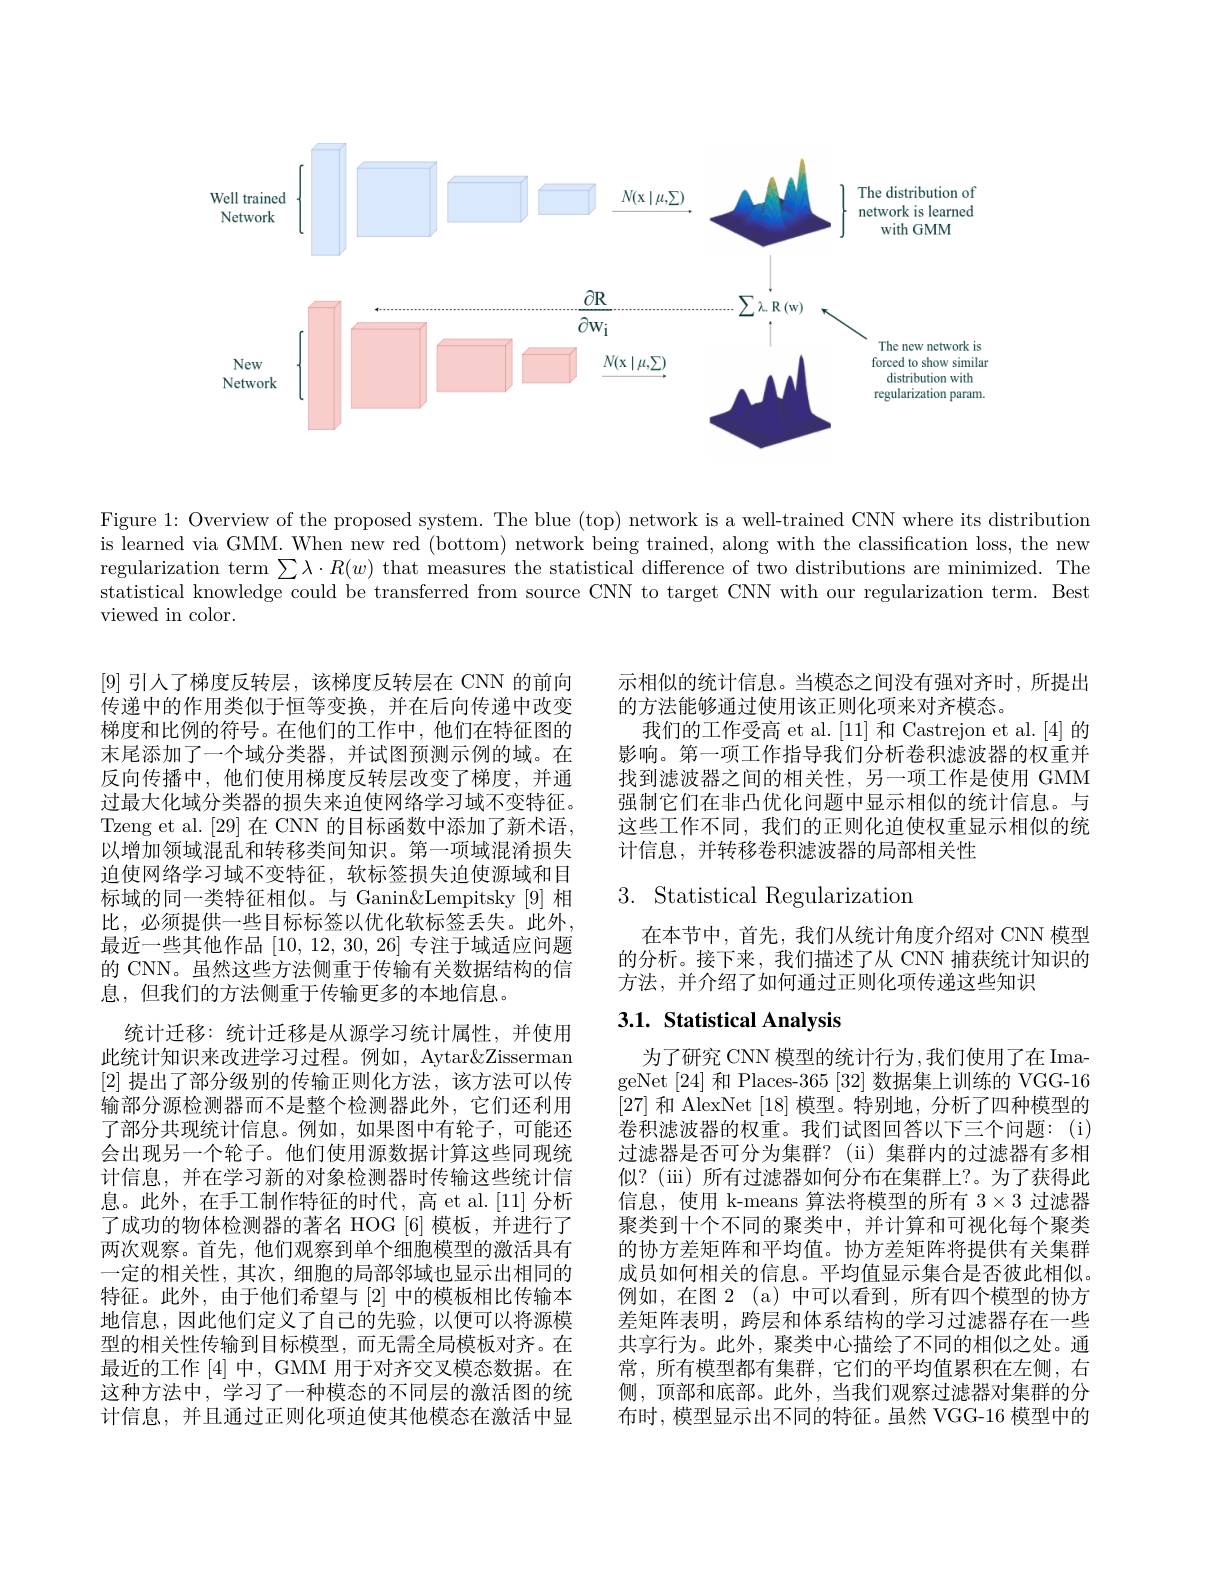
<FigureHere>

Figure 1: Overview of the proposed system. The blue (top) network is a well-trained CNN where its distribution is learned via GMM. When new red (bottom) network being trained, along with the classification loss, the new regularization term $\sum\lambda\cdot R(w)$ that measures the statistical difference of two distributions are minimized. The statistical knowledge could be transferred from source CNN to target CNN with our regularization term. Best viewed in color.

示相似的统计信息。当模态之间没有强对齐时，所提出
的方法能够通过使用该正则化项来对齐模态。
我们的工作受高 et al.[11] 和 Castrejon et al.[4] 的影响。第一项工作指导我们分析卷积滤波器的权重并找到滤波器之间的相关性，另一项工作是使用 GMM 强制它们在非凸优化问题中显示相似的统计信息。与这些工作不同，我们的正则化迫使权重显示相似的统计信息，并转移卷积滤波器的局部相关性

# 3. Statistical Regularization

在本节中，首先，我们从统计角度介绍对 CNN 模型的分析。接下来，我们描述了从 CNN 捕获统计知识的方法，并介绍了如何通过正则化项传递这些知识

# 3.1. Statistical Analysis

[9]引人了梯度反转层，该梯度反转层在 CNN 的前向传递中的作用类似于恒等变换，并在后向传递中改变梯度和比例的符号。在他们的工作中，他们在特征图的末尾添加了一个域分类器，并试图预测示例的域。在反向传播中，他们使用梯度反转层改变了梯度，并通过最大化域分类器的损失来迫使网络学习域不变特征。Tzeng et al. [29] 在 CNN 的目标函数中添加了新术语， 以增加领域混乱和转移类间知识。第一项域混淆损失迫使网络学习域不变特征，软标签损失迫使源域和目标域的同一类特征相似。与 Ganin&Lempitsky [9]相比，必须提供一些目标标签以优化软标签丢失。此外， 最近一些其他作品[10,12,30,26]专注于域适应问题的 CNN。虽然这些方法侧重于传输有关数据结构的信息，但我们的方法侧重于传输更多的本地信息。
统计迁移：统计迁移是从源学习统计属性，并使用此统计知识来改进学习过程。例如，Aytar&Zisserman [2]提出了部分级别的传输正则化方法，该方法可以传输部分源检测器而不是整个检测器此外，它们还利用了部分共现统计信息。例如，如果图中有轮子，可能还会出现另一个轮子。他们使用源数据计算这些同现统计信息，并在学习新的对象检测器时传输这些统计信息。此外，在手工制作特征的时代，高 et al.[11] 分析了成功的物体检测器的著名 HOG [6] 模板，并进行了两次观察。首先，他们观察到单个细胞模型的激活具有一定的相关性，其次，细胞的局部邻域也显示出相同的特征。此外，由于他们希望与[2]中的模板相比传输本地信息，因此他们定义了自己的先验，以便可以将源模型的相关性传输到目标模型，而无需全局模板对齐。在最近的工作 [4] 中，GMM 用于对齐交叉模态数据。在这种方法中，学习了一种模态的不同层的激活图的统计信息，并且通过正则化项迫使其他模态在激活中显

为了研究 CNN 模型的统计行为，我们使用了在 ImageNet [24] 和 Places-365 [32] 数据集上训练的 VGG-16 [27]和 AlexNet [18] 模型。特别地，分析了四种模型的卷积滤波器的权重。我们试图回答以下三个问题：(i) 过滤器是否可分为集群？(ii)集群内的过滤器有多相似？(iii) 所有过滤器如何分布在集群上？。为了获得此信息，使用 k-means 算法将模型的所有$3\times3$过滤器聚类到十个不同的聚类中，并计算和可视化每个聚类的协方差矩阵和平均值。协方差矩阵将提供有关集群成员如何相关的信息。平均值显示集合是否彼此相似。例如，在图 2(a)中可以看到，所有四个模型的协方差矩阵表明，跨层和体系结构的学习过滤器存在一些共享行为。此外，聚类中心描绘了不同的相似之处。通常，所有模型都有集群，它们的平均值累积在左侧，右侧，顶部和底部。此外，当我们观察过滤器对集群的分布时，模型显示出不同的特征。虽然 VGG-16 模型中的